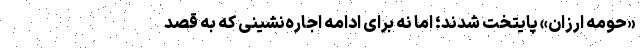
«حومه ارزان» پایتخت شدند؛ اما نه برای ادامه اجاره‌نشینی که به قصد